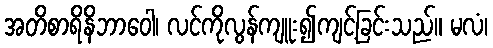
အတိစာရိနိဘာဝေါ၊ လင်ကိုလွန်ကျူး၍ကျင့်ခြင်းသည်။ မလံ၊